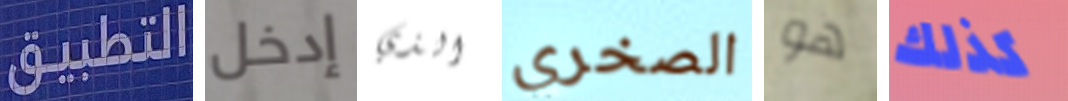
التطبيق إدخل الذي الصخري هو كذلك